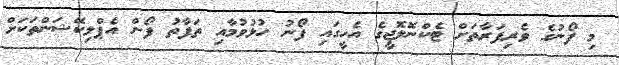
މި ފޯނުގެ ވެރިފަރާތަށް ޓެކްނޮލޮޖީގެ އެހީގައި ފޯނު ހުޅުވުމާއި ތަފާތު ފޯން އެޕްލިކޭޝަންތަކަށް